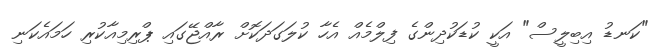
"ކަނޑު އިބިލީސް" އަކީ ކުޑަކުދިންގެ ފިލްމެއް އެހާ ކުލަގަދަކޮށް ރާއްޖޭގައި ޕްރިމިއާކުރި ހަމައެކަނި